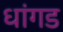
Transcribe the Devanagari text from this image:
धांगड